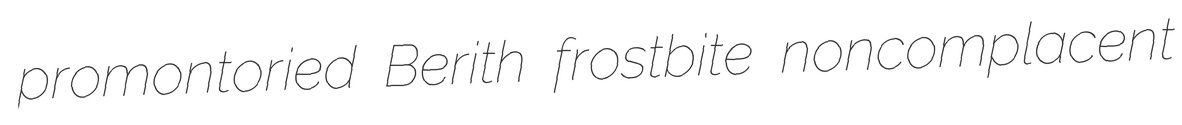
promontoried Berith frostbite noncomplacent